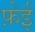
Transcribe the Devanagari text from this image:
फ़ेई